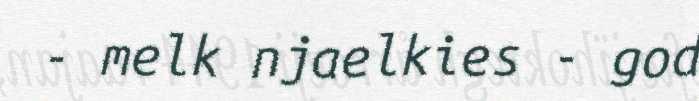
- melk njaelkies - god